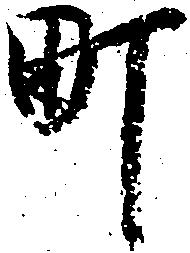
町